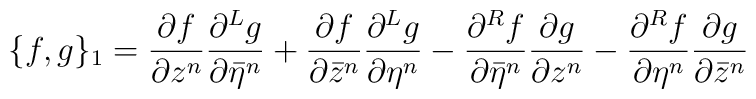
\{ f,g\}_1 =\frac{\partial f}{\partial z^n}                     \frac{\partial^L g}{\partial {\bar \eta}^n}    +                     \frac{\partial f}{\partial {\bar z}^n}                      \frac{\partial^L g}{\partial \eta^n}   -  \frac{\partial ^R f}{\partial {\bar \eta}^n}	\frac{\partial g}{\partial z^n} -	      \frac{\partial ^R f}{\partial \eta^n}	     \frac{\partial g}{\partial {\bar z}^n}